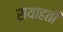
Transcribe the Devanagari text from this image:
सयाहती